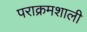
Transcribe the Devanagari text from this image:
पराक्रमशाली